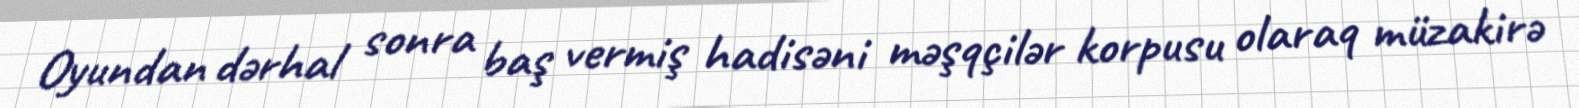
Oyundan dərhal sonra baş vermiş hadisəni məşqçilər korpusu olaraq müzakirə